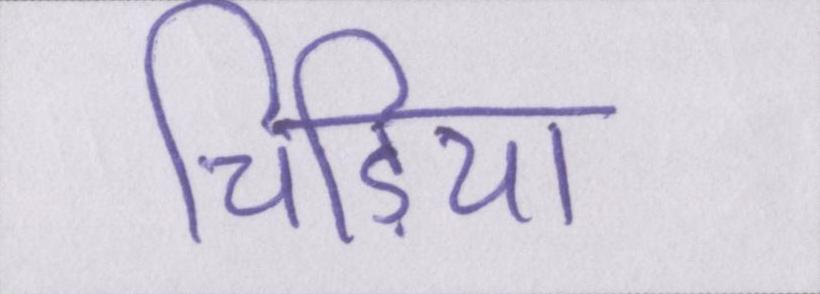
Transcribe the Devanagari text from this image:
चिड़िया